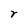
Character: r